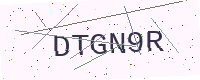
Text: DTGN9R